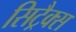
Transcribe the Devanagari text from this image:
सिट्रैक्स